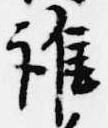
誰